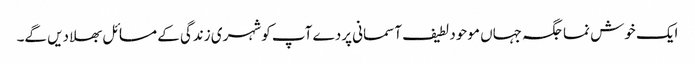
ایک خوش نما جگہ جہاں موحود لطیف آسمانی پردے آپ کو شہری زندگی کے مسائل بھلا دیں گے۔